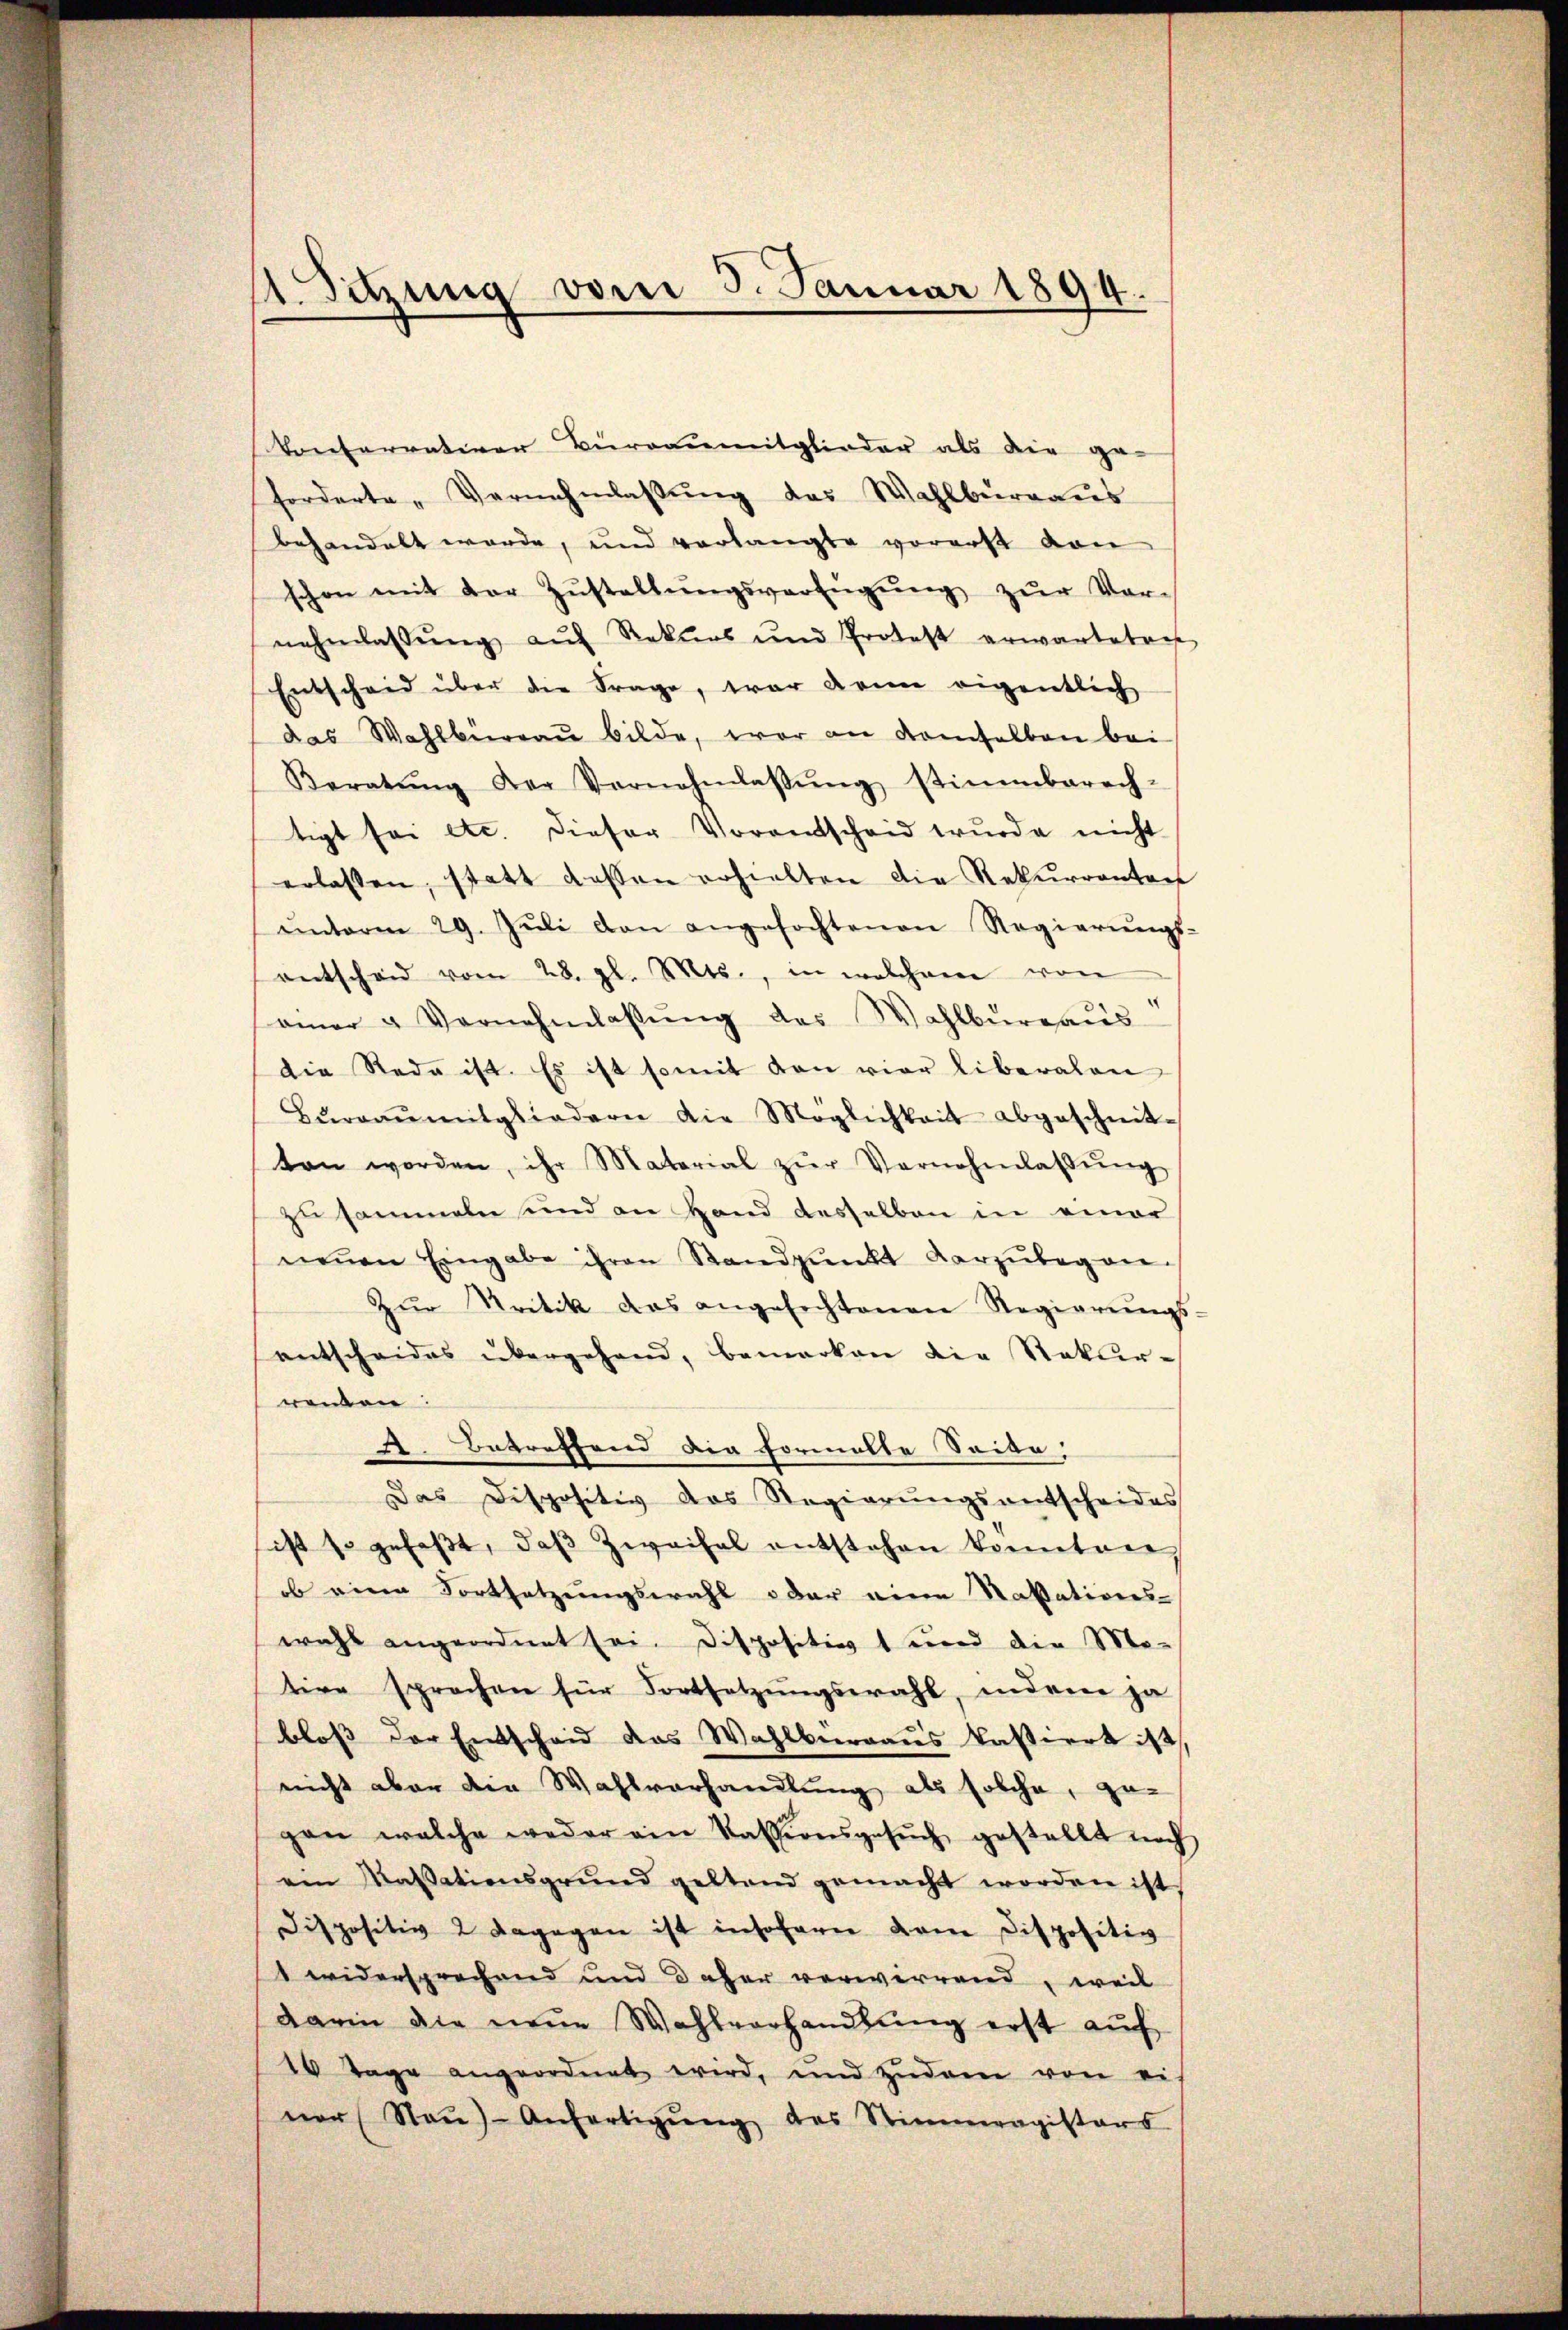
1. Sitzung vom 5. Januar 1894.

Ponterrativer Burranmitglieder als die ge-
forderte „Vernehmlassŭng das Wahlburgaus
behandelt werde, und verlangte vorerst von
schon mit der Zŭstellŭngsverfügŭng zŭr Vor-
nehmlassŭng aŭf Rekurs und Protest erwarteten
Entscheid über die Frage, war dann eigentlich
das Wahlbüreaŭ bilde, war an demselben bei
Beratŭng der Vernehmlassŭng stimmberech-
tigt sei etc. dieser Vorantscheid wurde nicht
erlassen, statt dessen erhielten die Rekurrenten
ŭnterm 29. Jŭli den angefochtenen Regierŭngs-
entschaid vom 28. gl. Mts., in welchem von
einer u Vernehmlassŭng das Wahlbüreaŭs
die Rede ist. Es ist somit den vier liberalen
Bŭrgaŭmitgliedern die Möglichkeit abgeschreit-
ten worden, ihr Material zŭr Vernehmlassŭng
zusammeln und an Hand desselben in einer
neŭen Eingabe ihren Standpŭnkt darzŭbegan-
Zŭr Kritik das angefechtenen Regierŭngs-
entscheides übergehend, bemerken die Natur-
wenden:
A. Betreffend die Formelte Seite
Das Dispositiv das Regierŭngsantscheides
ist so gefaβt, daβ Zweifel entstehen konnten,
ob eine Fortsetzungswahl oder eine Natations-
wahl angeordnet sei. Dispositinst wird die Mo-
tive sprechen für Fortsetzungswahl, andere ja
bloß der Entscheid das Wahlbürraus Passiert ist,
nicht aber die Wahlvorhandlung als solche, ge-
gen welche weder ain Kassionsgesŭch gestellt noch
ein Kassationsgrund geltend gemacht worden ist
dispositiv 2. Dagegen ist insofern dem Dispositiv
1 widersprechend und daher verwirrend, weil
darin die neue Wahlverhandlung erst auf
10 Tage angeordnet wird, und zudem von ei-
ner Naŭ)- Anfertigŭng des Stimmregisters